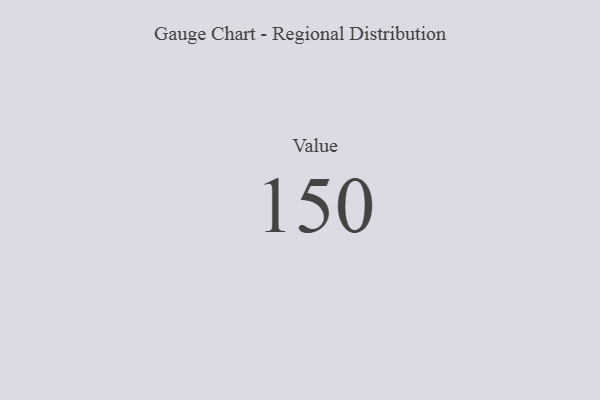
{"axis": {"x": "Metric", "y": "Value"}, "legend": [""], "data": [{"x": "Value", "y": 150, "type": ""}]}